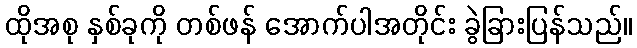
ထိုအစု နှစ်ခုကို တစ်ဖန် အောက်ပါအတိုင်း ခွဲခြားပြန်သည်။